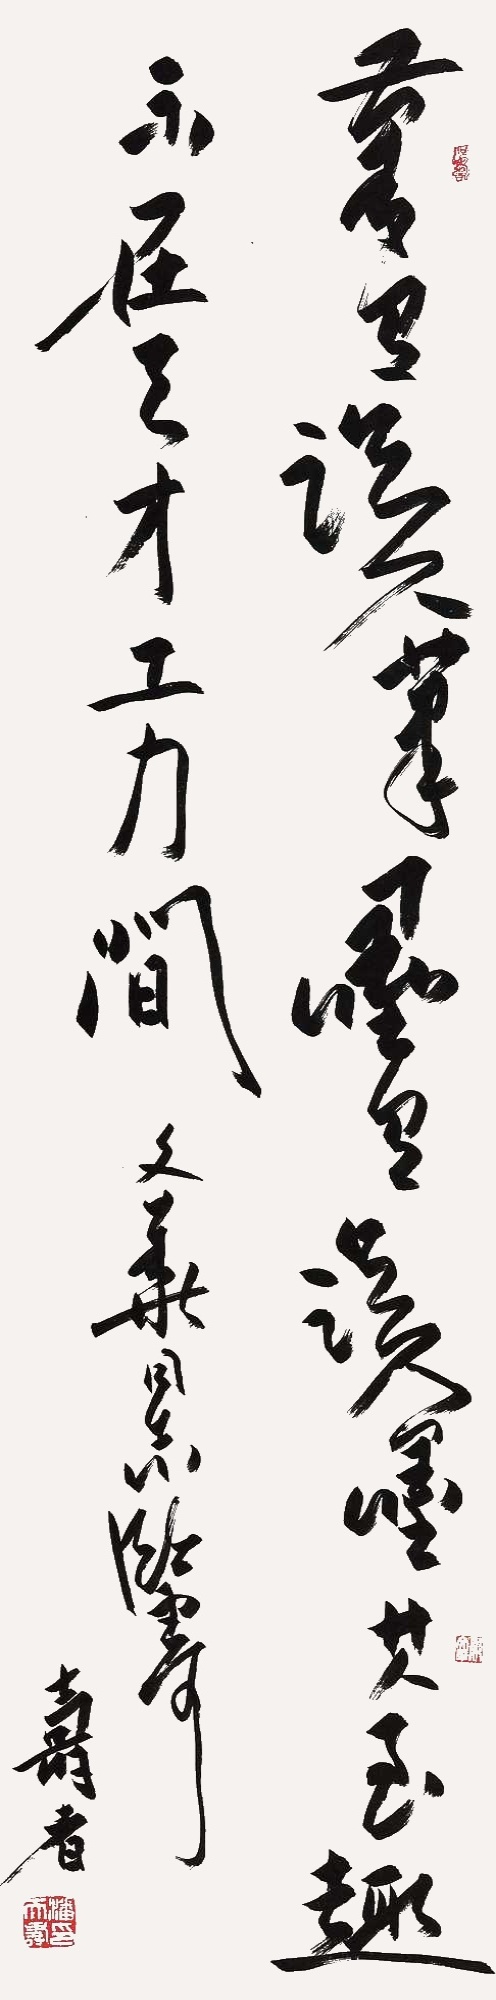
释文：笔有误笔，墨有误墨，其至趣不在天才工力间。文华同志鉴可，寿者。